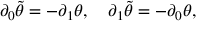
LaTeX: \partial _ { 0 } \tilde { \theta } = - \partial _ { 1 } \theta , \quad \partial _ { 1 } \tilde { \theta } = - \partial _ { 0 } \theta ,